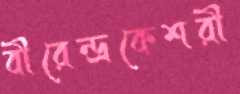
বীরেন্দ্রকেশরী